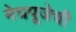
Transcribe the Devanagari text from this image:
मेघपूजेची